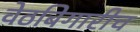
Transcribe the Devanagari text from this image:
वेठबिगारीच